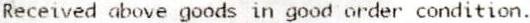
RECEIVED ABOVE GOODS IN GOOD ORDER CONDITION.